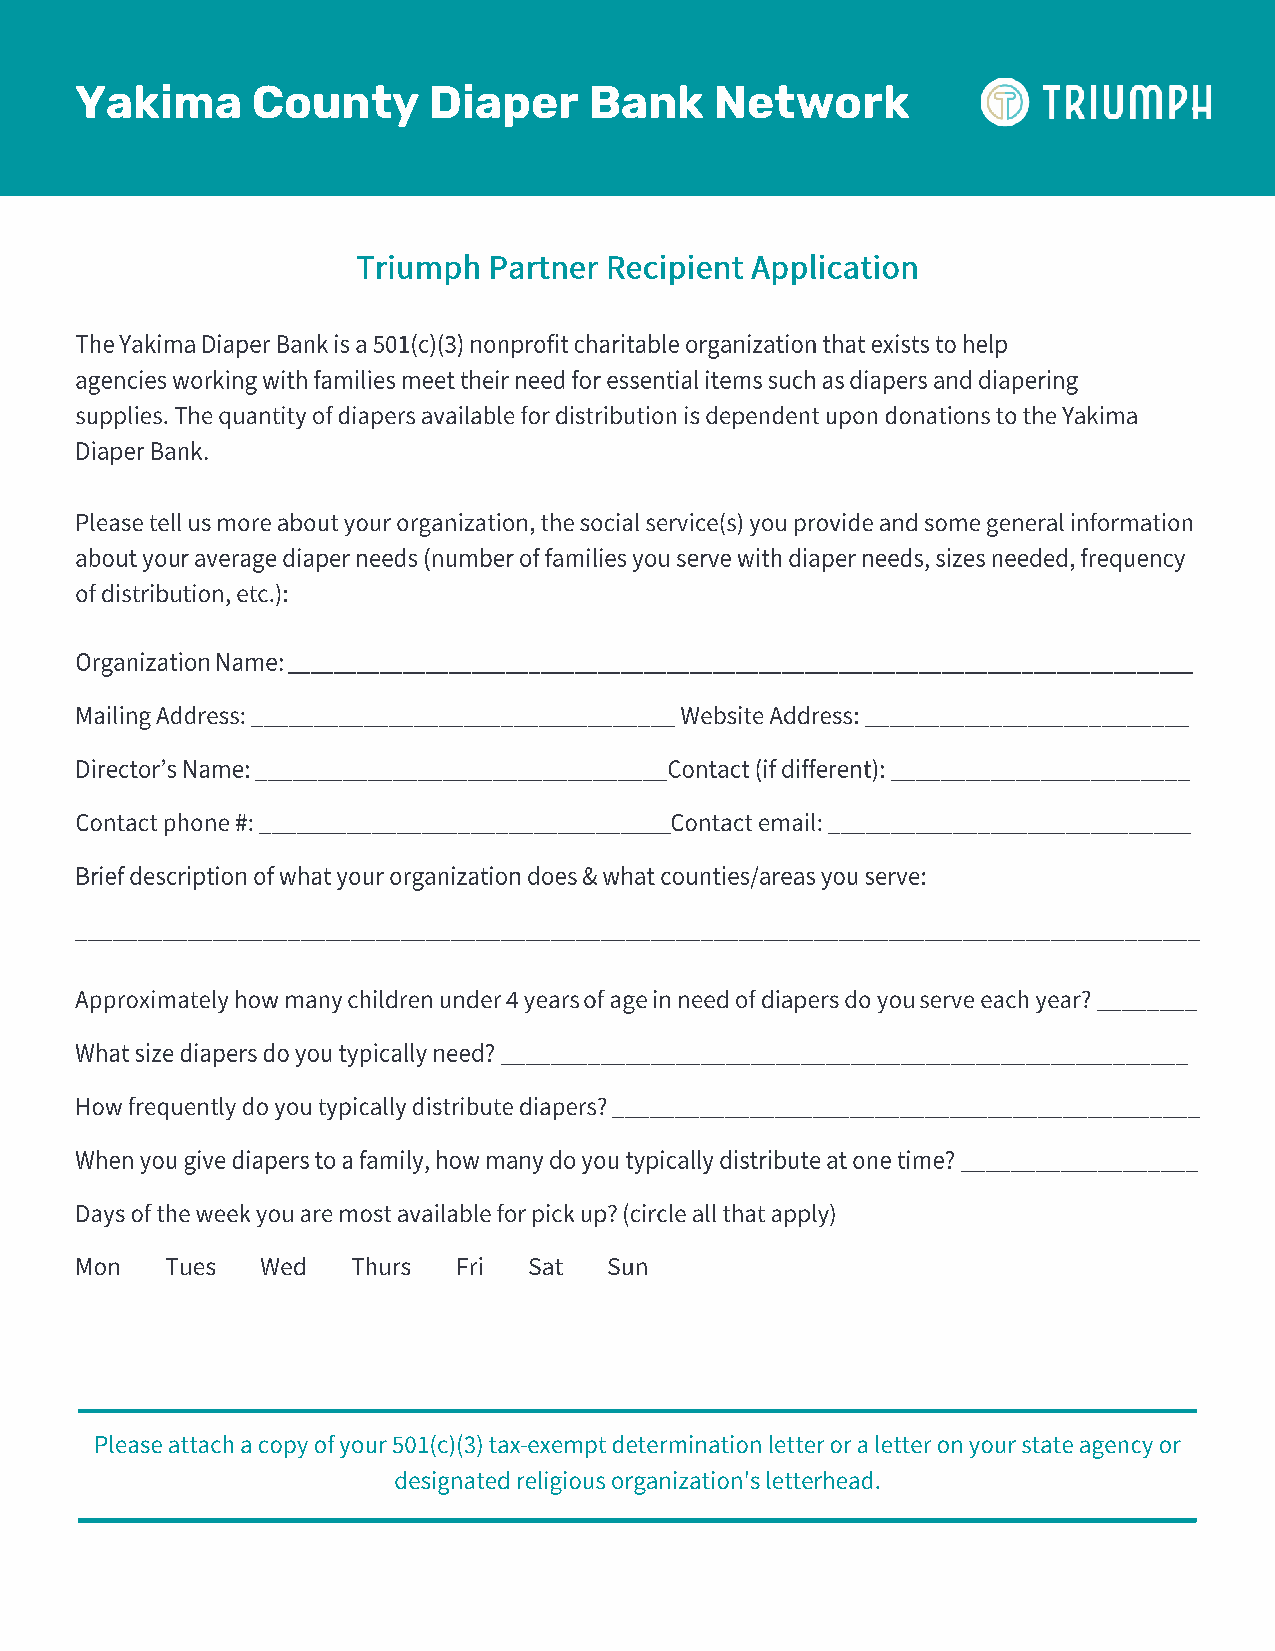
Yakima      County     Diaper     Bank    Network